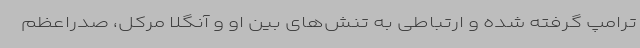
ترامپ گرفته شده و ارتباطی به تنش‌های بین او و آنگلا مرکل، صدراعظم